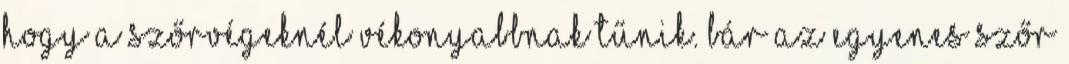
hogy a szőrvégeknél vékonyabbnak tűnik. Bár az egyenes szőr